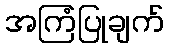
အကြံပြုချက်